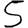
Digit: 5